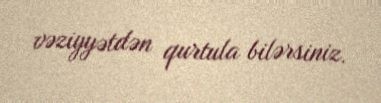
vəziyyətdən qurtula bilərsiniz.